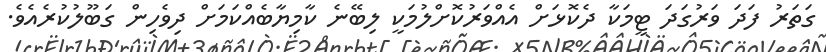
ގަތަރު ފަދަ ވަރުގަދަ ޓީމަކާ ދެކޮޅަށް އެއްވަރުކޮށްލުމަކީ ލިބޭނެ ކާމިޔާބެއްކަމަށް ދިވެހިން ގަބޫލުކުރެއެވެ.